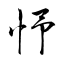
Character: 忬